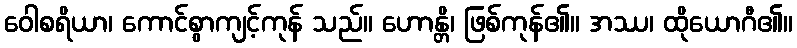
ဝေါစရိယာ၊ ကောင်စွာကျင့်ကုန် သည်။ ဟောန္တိ၊ ဖြစ်ကုန်၏။ အဿ၊ ထိုယောဂီ၏။